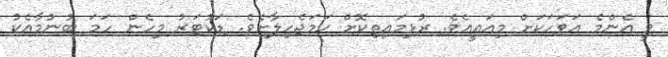
ވީ އެންމެ އަވަހަކަށް މިއައީއެވެ. ރުޅިމައިތިކޮށް ހަމަޖެހިލާށެވެ. ޑަކުޓަރު މިހެން ހަމަ ބުނުމާއެކު